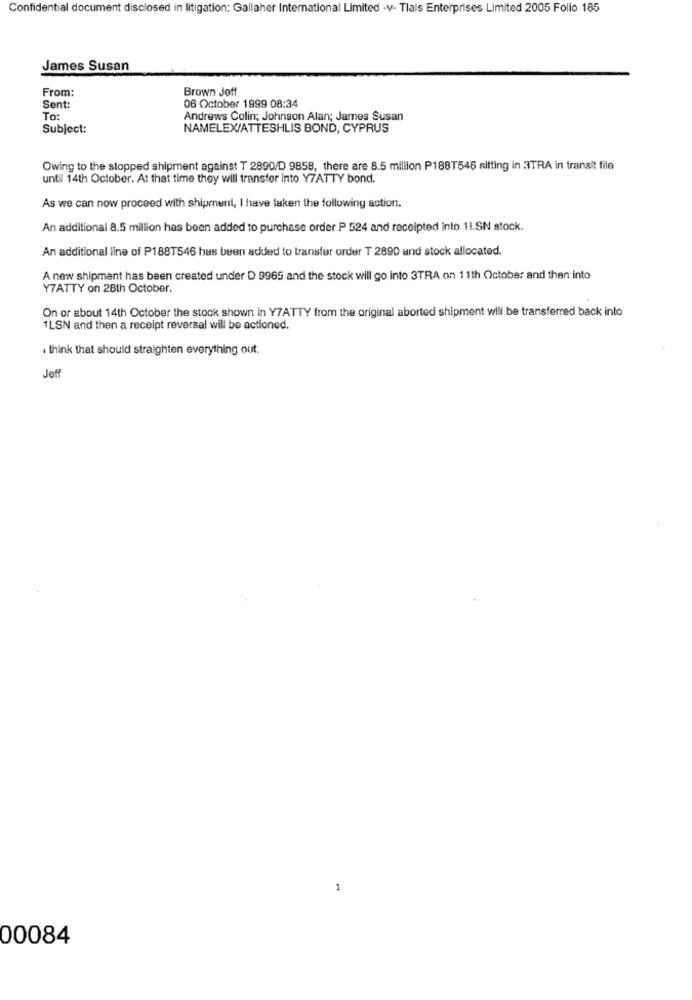
Confidential document disclosed in litigation: Gallaher International Limited -v- Tlais Enterprises Limited 2005 Folio 185
James Susan
From:
Brown Jeff
Sent:
06 October 1999 08:34
To:
Andrews Colin; Johnson Alan; James Susan
Subject:
NAMELEX/ATTESHLIS BOND, CYPRUS
Owing to the stopped shipment against T 2890/D 9858, there are 8.5 million P188T546 sitting in 3TRA in transit file
until 14th October. At that time they will transfer Into Y7ATTY bond.
As we can now proceed with shipment, I have taken the following action.
An additional 8.5 million has been added to purchase order P 524 and receipted into 1LSN stock.
An additional line of P1887546 has been added to transfer order T 2890 and stock allocated.
A new shipment has been created under D 9965 and the stock will go into 3TRA on 11th October and then into
Y7ATTY on 28th October.
On or about 14th October the stock shown in Y7ATTY from the original aborted shipment will be transferred back into
1LSN and then a receipt reversal will be actioned.
. think that should straighten everything out.
Jeff
1
00084